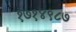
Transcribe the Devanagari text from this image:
१७१४९८७